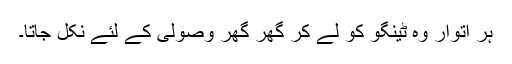
ہر اتوار وہ ٹینگو کو لے کر گھر گھر وصولی کے لئے نکل جاتا۔